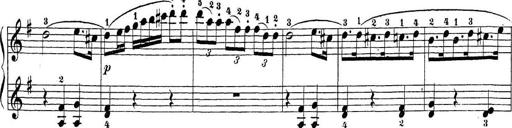
Title: Sonatina Album
Composer: Louis KÃ¶hler